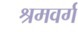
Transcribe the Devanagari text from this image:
श्रमवर्ग